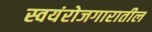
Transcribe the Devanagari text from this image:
स्वयंरोजगारातील